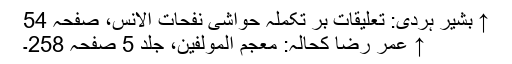
↑ بشیر ہردی: تعلیقات بر تکملہ حواشی نفحات الانس، صفحہ 54
↑ عمر رضا کحالہ: معجم المولفین، جلد 5 صفحہ 258۔